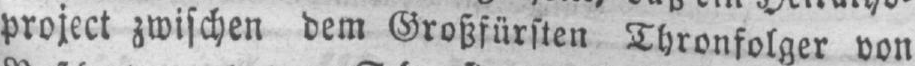
project zwischen dem Großfürsten Thronfolger von